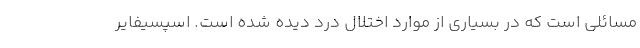
مسائلی است که در بسیاری از موارد اختلال درد دیده شده است. اسپسیفایر